Report on the administration of the Government Cinchona Department 1892-98
Year: 1892
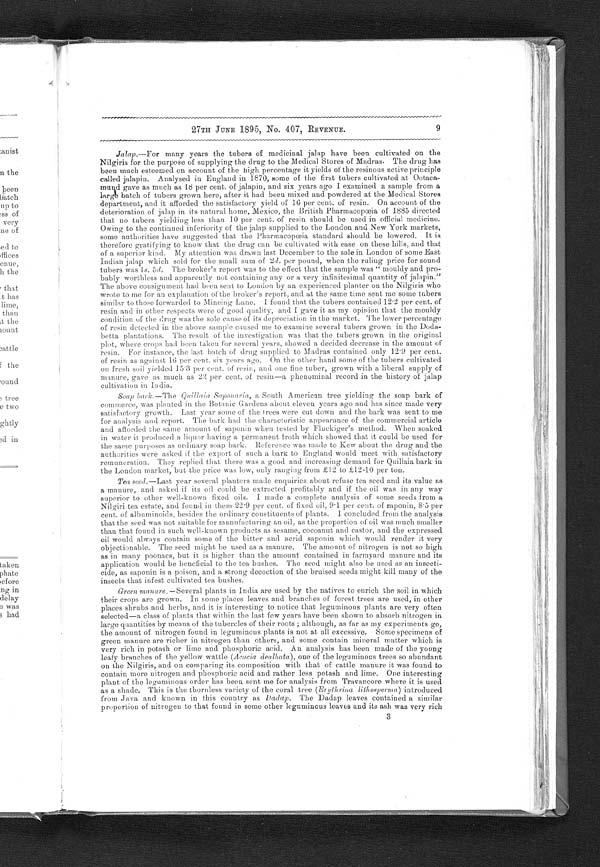
27TH JUNE 1895, No. 407, REVENUE.
9
Jalap.—For many years the tubers of medicinal jalap have been cultivated on the
Ni gi r i s f or t he pur pose of suppl yi ng t he dr ug t o t he Medi cal St or es of Madr as. The dr ug has been much est eemed on account of t he hi gh per cent age i t yi el ds of t he r esi nous act i ve pr i nci pl e
called jalapin. Analysed in England in 1870, some of the first tubers cultivated at Ootaca-
mund gave as much as 18 per cent. of jalapin, and six years ago I examined a sample from a
large batch of tubers grown here, after it had been mixed and powdered at the Medical Stores
department, and it afforded the satisfactory yield of 16 per cent. of resin. On account of the
deterioration of jalap in its natural home, Mexico, the British Pharmacopœia of 1885 directed
that no tubers yielding less than 10 per cent. of resin should be used in official medicine.
Owing to the continued inferiority of the jalap supplied to the London and New York markets,
some authorities have suggested that the Pharmacopœia standard should be lowered. It is
therefore gratifying to know that the drug can be cultivated with ease on these hills, and that
of a superior kind. My attention was drawn last December to the sale in London of some East
Indian jalap which sold for the small sum of 2 d. per pound, when the ruling price for sound
tubers was 1 s. 5d. The broker's report was to the effect that the sample was " mouldy and pro-
bably worthless and apparently not containing any or a very infinitesimal quantity of jalapin
.” The above consignment had been sent to London by an experienced planter on the Nilgiris who
wrote to me for an explanation of the broker’s report, and at the same time sent me some tubers
similar to those forwarded to :Mincing Lane. I found that the tubers contained 12.2 per cent. of
resin and in other respects were of good quality, and I gave it as my opinion that the mouldy
condition of the drug was the sole cause of its depreciation in the market. The lower percentage
of resin detected in the above sample caused me, to examine several tubers grown in the Doda-
betta plantations. The result of the investigation was that the tubers grown in the original
plot, where crops had been taken for several years, showed a decided decrease in the amount of
resin. For instance, the last batch of drug supplied to Madras contained only 12.9 per cent.
of resin as against 16 per cent. six years ago. On the other hand some of the tubers cultivated
on fresh soil yielded 15.3 per cent. of resin, and one fine tuber, grown with a liberal supply of
manure, gave as much as 22 per cent. of resin—a phenuminal record in the history of jalap
cultivation in India.
Soap bark.—The Quillaia Saponaria, a South American tree yielding the soap bark of
commerce, was planted in the Botanic Gardens about eleven years ago and has since made very
satisfactory growth. Last year some of the trees were cut down and the bark was sent to me
for analysis and report. The bark had the characteristic appearance of the commercial article
and afforded the same amount of saponin when tested by Fluckiger's method. - When soaked
in water it produced a liquor having a permanent froth which showed that it could be used for
the same purposes as ordinary soap bark. Reference was made to Kew about the drug and the
authorities were asked if the export of such a bark to England would meet with satisfactory
r e mu n e r a t i o n . T h e y r e p l i e d t h a t t h e r e w a s a g o o d a n d i n c r e a s i n g d e ma n d f o r Q u i l l a i a b a r k i n
the London market, but the price was low, only ranging from £12 to £12-10 per ton.
Tea seed.—Last year several planters made enquiries about refuse tea seed and its value as
a manure, and asked if its oil could be extracted profitably and if the oil was in any way
superior to other well-known fixed oils. I made a complete analysis of some seeds from a
Nilgiri tea estate, and found in them 22.9 per cent. of fixed oil, 9.1 per cent. of saponin, 8.5 per
cent. of albuminoids, besides the ordinary constituents of plants. I concluded from the analysis
that the seed was not suitable for manufacturing an oil, as the proportion of oil was much smaller
than that found in such well-known products as sesame, cocoanut and castor, and the expressed
oil would always contain some of the bitter and acrid saponin which would render it very
objectionable. The seed might be used as a manure. The amount of nitrogen is not so high
as in many poonacs, but it is higher than the amount contained in farmyard manure and its
application would be beneficial to the tea bushes. The seed might also be used as an insecti-
cide, as saponin is a poison, and a strong decoction of the braised seeds might kill many of the
insects that infest cultivated tea bushes.
Green manure.—Several plants in India are used by the natives to enrich the soil in which
their crops are grown. In some places leaves and branches of forest trees are used, in other
places shrubs and herbs, and it is interesting to notice that leguminous plants are very often
selected—a class of plants that within the last few years have been shown to absorb nitrogen in
large quantities by means of the tubercles of their roots ; although, as far as my experiments go,
the amount of nitrogen found in leguminous plants is not at all excessive. Some specimens of
green manure are richer in nitrogen than others, and some contain mineral matter which is
very rich in potash or lime and phosphoric acid. An analysis has been made of the young
leafy branches of the yellow wattle ( Acucia dealbata ), one of the leguminous trees so abundant
on the Nilgiris, and on comparing its composition with that of cattle manure it was found to
contain more nitrogen and phosphoric acid and rather less potash and lime. One interesting
plant of the leguminous order has been sent me for analysis from Travancore where it is used
as a shade. This is the thornless variety of the coral tree ( Erythrina lithosperma ) introduced
from Java and known in this country as D a d a p .
T h e D a d a p l e a v e s c o n t a i n e d a s i m i l a r
proportion of nitrogen to that found in some other leguminous leaves and its ash was very rich
3